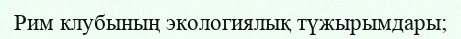
Рим клубының экологиялық түжырымдары;